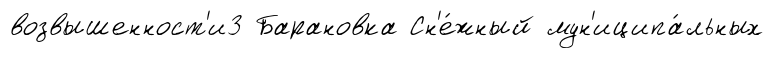
возвышенност'и3 Барановка Сн'е́жный мун'иципа́льных